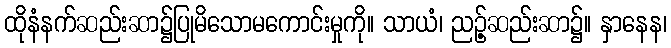
ထိုနံနက်ဆည်းဆာ၌ပြုမိသောမကောင်းမှုကို။ သာယံ၊ ညဥ့်ဆည်းဆာ၌။ နှာနေန၊